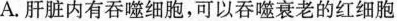
A.肝脏内有吞噬细胞，可以吞噬衰老的红细胞